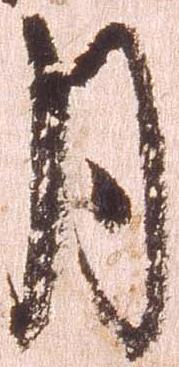
月